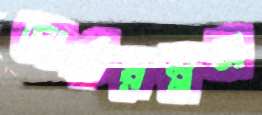
ডার্করম্নম